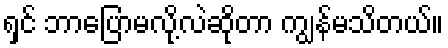
ရှင် ဘာပြောမလို့လဲဆိုတာ ကျွန်မသိတယ်။